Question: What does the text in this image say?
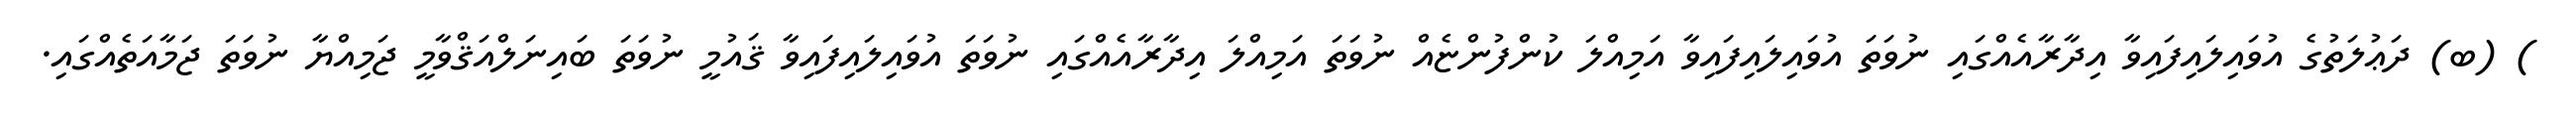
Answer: ) (ބ) ދަޢުލަތުގެ އުވައިލައިފައިވާ އިދާރާއެއްގައި ނުވަތަ އުވައިލައިފައިވާ އަމިއްލަ ކުންފުންޏެއް ނުވަތަ އަމިއްލަ އިދާރާއެއްގައި ނުވަތަ އުވައިލައިފައިވާ ޤައުމީ ނުވަތަ ބައިނަލްއަޤްވާމީ ޖަމިއްޔާ ނުވަތަ ޖަމާއަތެއްގައި.